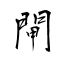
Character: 閘